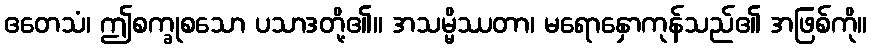
ဧတေသံ၊ ဤစက္ခုစသော ပသာဒတို့၏။ အသမ္မိဿတာ၊ မရောနှောကုန်သည်၏ အဖြစ်ကို။